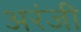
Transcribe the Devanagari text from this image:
अरंजी